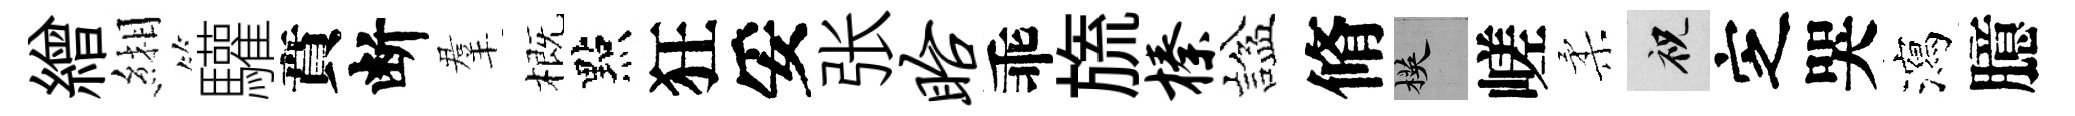
繒緗驩賁断羣概點狂妥张眙乖旒榛諡脩楧嵯柔祝㝎哭瀉臆